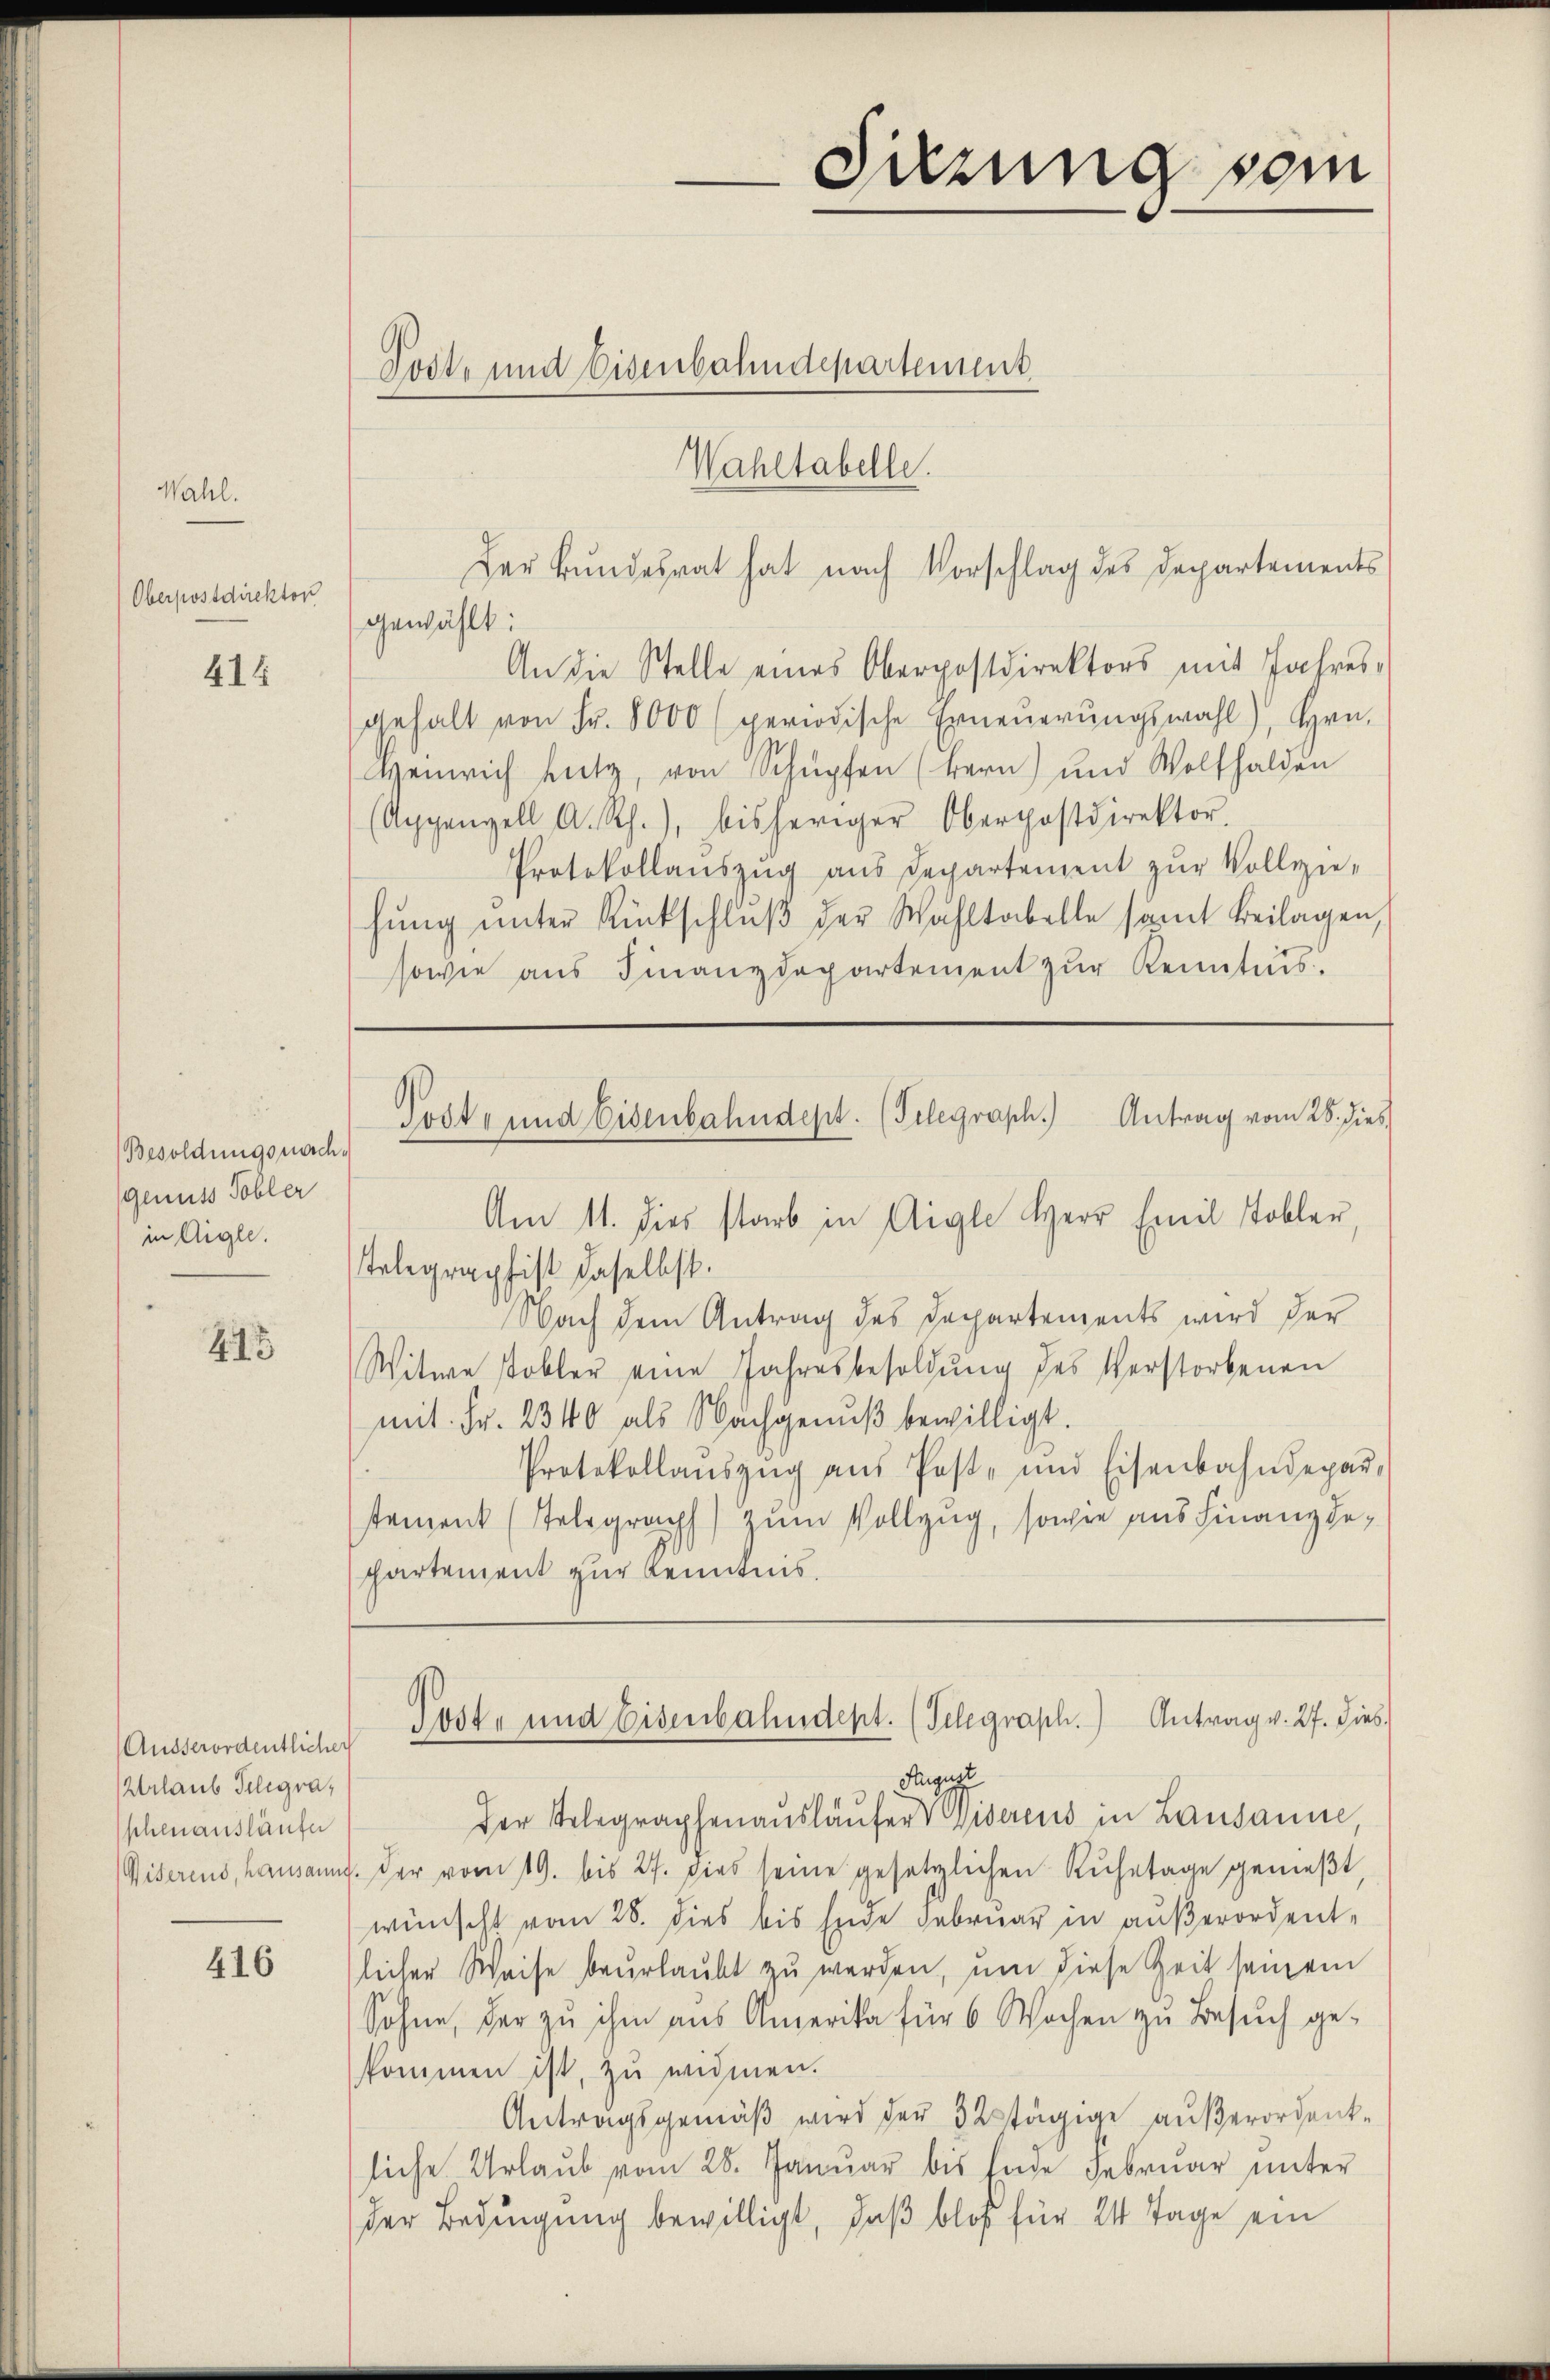
Wahl.

Oberpostdirektor

414

Besoldungsnach.
genuss Tobler
in Aigle.

415

Ausserordentlicher
Urlaub Telegraschenausläufer

416

sowie aus Finanzdepartement zur Kenntnis.

Wahltabelle.
gewählt:
An die Stelle eines Oberpostdirektors mit Jahresgehalt von Fr. 8000 (periodische Erneŭerŭngswahl), Hrn.
Heinrich Lutz, von Schüpfen (Bern) und Wolfhalden
(Appenzell A. Rh.), bisheriger Oberpostdirektor.
Protokollauszug aus Departement zur Vollziehŭng ŭnter Rückschlŭβ der Wahltabelle samt Beilagen,
Am 11. dies starb in Aigle Herr Emil Tobler,
Telegraphist daselbst.
Nach dem Antrag des Departements wird der
Witwe Tobler eine Jahresbesoldung des Verstorbenen
mit Fr. 2340 als Nachgenuß bewilligt.
Protokollaŭszŭg aŭs Post- und Eisenbahndepar-
stement (Telegraph) zum Vollzug, sowie aus Finanz gepartement zur Kenntnis.
Post- und Eisenbahndept. (Telegraph.) Antrag v. 27. dies
Sugge
der Telegraphenausläufer Wiserens in Lausanne
Wisserens, hausannt. Der vom 19. bis 27. dies seine gesetzlichen Ruhetage genießt,
wünscht vom 28. dies bis Ende Februar in außerordentlicher Weise beurlaubt zu werden, um diese Zeit seinem
Sohne, der zu ihm aus Amerika für 6 Wochen zu Besuch ge-
kommen ist, zu widmen.
Antragsgemäβ wird der 32stägige außerordentsiche Urlaŭb vom 28. Januar bis Ende Februar unter
der Bedingung bewilligt, daß bloß für 24 Tage ein

Torte und Eisenbahndepartement

Der Bundesrat hat nach Vorschlag des Departements

Post- und Eisenbahndept. (Telegraph.) Antrag vom 28. dies

Sitzung sein